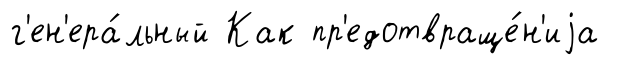
г'ен'ера́льный Как пр'едотвраще́н'иjа